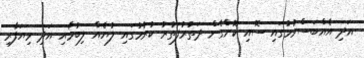
އަދި އެއްބަސްވުމުގައި ސޮއި ކޮށްގެން ދަތުރުފަތުރު ކުރުމުގައި ލުޔެއް ލިބުމާއި އަދި ވިޔަފާރި